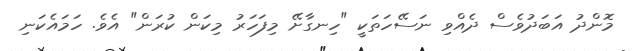
މޮންދު އަބަދުވެސް ދެއްވި ނަސޭހަތަކީ "ހިނގާށޭ މިފަހަރު މިކަން ކުރަން" އެވެ. ހަމައެކަނި